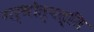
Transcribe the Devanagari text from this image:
गर्भोत्पत्ति